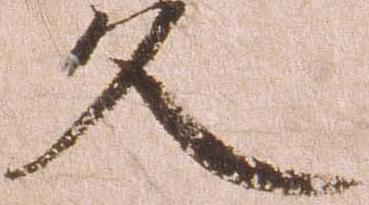
久